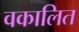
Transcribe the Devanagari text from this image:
वकालित